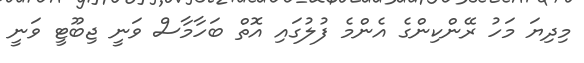
މިދިޔަ މަހު ރޭންކިންގެ އެންމެ ފުލުގައި އޮތް ބަހާމާސް ވަނީ ޖިބޫޓީ ވަނީ